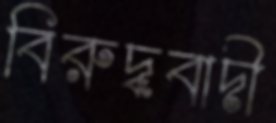
বিরুদ্ধবাদী